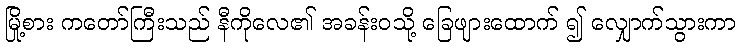
မြို့စား ကတော်ကြီးသည် နီကိုလေ၏ အခန်းဝသို့ ခြေဖျားထောက် ၍ လျှောက်သွားကာ